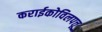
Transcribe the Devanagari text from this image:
कराईकोविलपत्तू